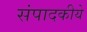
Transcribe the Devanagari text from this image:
संपादकीये